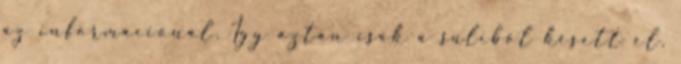
az információnál. Így aztán csak a suliból késett el.